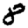
Digit: 8